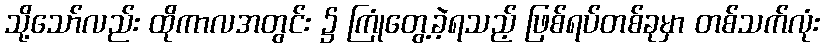
သို့သော်လည်း ထိုကာလအတွင်း ၌ ကြုံတွေ့ခဲ့ရသည့် ဖြစ်ရပ်တစ်ခုမှာ တစ်သက်လုံး